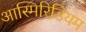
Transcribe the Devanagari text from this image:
आस्मिरिडियम